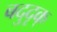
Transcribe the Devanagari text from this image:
बदुदृक्